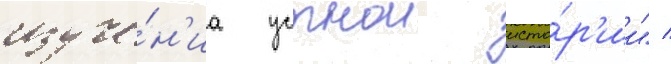
изуче́н'иа устнои исто́р'ии" /